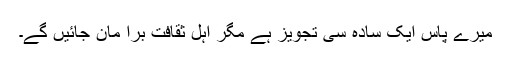
میرے پاس ایک سادہ سی تجویز ہے مگر اہل ثقافت برا مان جائیں گے۔